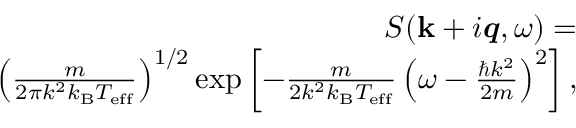
\begin{array} { r } { S ( { \bf k } + i \mathbfit { q } , \omega ) = } \\ { \left( \frac { m } { 2 \pi k ^ { 2 } k _ { \mathrm { B } } T _ { \mathrm { e f f } } } \right) ^ { 1 / 2 } \exp \left[ - \frac { m } { 2 k ^ { 2 } k _ { \mathrm { B } } T _ { \mathrm { e f f } } } \left( \omega - \frac { \hbar k ^ { 2 } } { 2 m } \right) ^ { 2 } \right] , } \end{array}